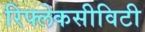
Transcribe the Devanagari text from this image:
रिफ्लेकसीविटी